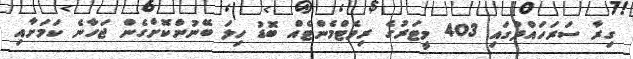
ގިރާ ސަރަހައްދުގައި 403 މީޓަރުގެ ރިވެޓްމެންޓެއް ބޮޑު ހިލަ ބޭނުންކޮށްގެން ޖަހާނެ ކަމަށާއި